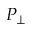
P _ { \perp }